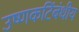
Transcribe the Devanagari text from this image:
उष्णकटिंबंधीय